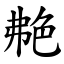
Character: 艴